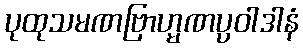
ပုထုသမဏဗြာဟ္မဏပ္ပဝါဒါနံ